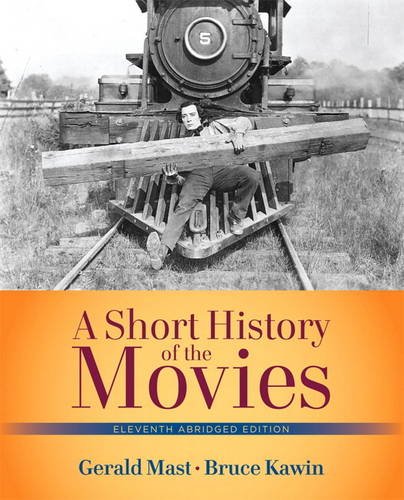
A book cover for Short History of the Movies, A  , Abridged Edition (11th Edition); Gerald Mast; Humor & Entertainment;